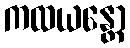
ကထယန္တော